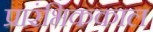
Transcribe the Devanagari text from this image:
प्रारंभिककाल